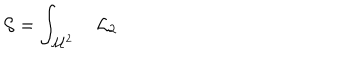
{ \cal S } = \int _ { { \cal M } ^ { 2 } } ~ { \cal L } _ { 2 }